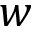
w